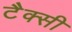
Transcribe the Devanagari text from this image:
टैक्सी